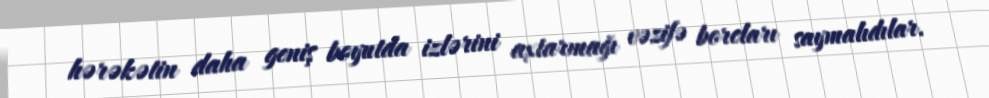
hərəkətin daha geniş boyutda izlərini axtarmağı vəzifə borcları saymalıdılar.